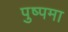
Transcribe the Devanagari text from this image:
पुष्पमा